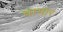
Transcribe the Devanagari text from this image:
चाभार